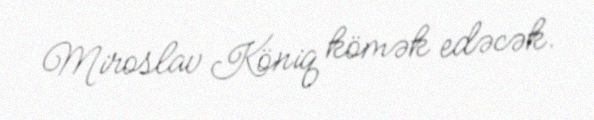
Miroslav Köniq kömək edəcək.